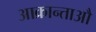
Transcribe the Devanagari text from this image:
आक्रान्ताऔ